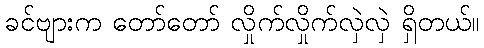
ခင်ဗျားက တော်တော် လှိုက်လှိုက်လှဲလှဲ ရှိတယ်။